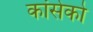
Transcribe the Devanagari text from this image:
कांसेको